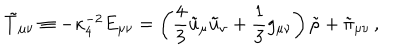
\tilde { T } _ { \mu \nu } \equiv - \kappa _ { 4 } ^ { - 2 } E _ { \mu \nu } = \left( { \frac { 4 } { 3 } } \tilde { u } _ { \mu } \tilde { u } _ { \nu } + { \frac { 1 } { 3 } } g _ { \mu \nu } \right) \tilde { \rho } + \tilde { \pi } _ { \mu \nu } \, ,